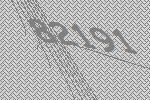
82191